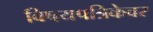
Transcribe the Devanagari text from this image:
विषयपत्रिकेवर